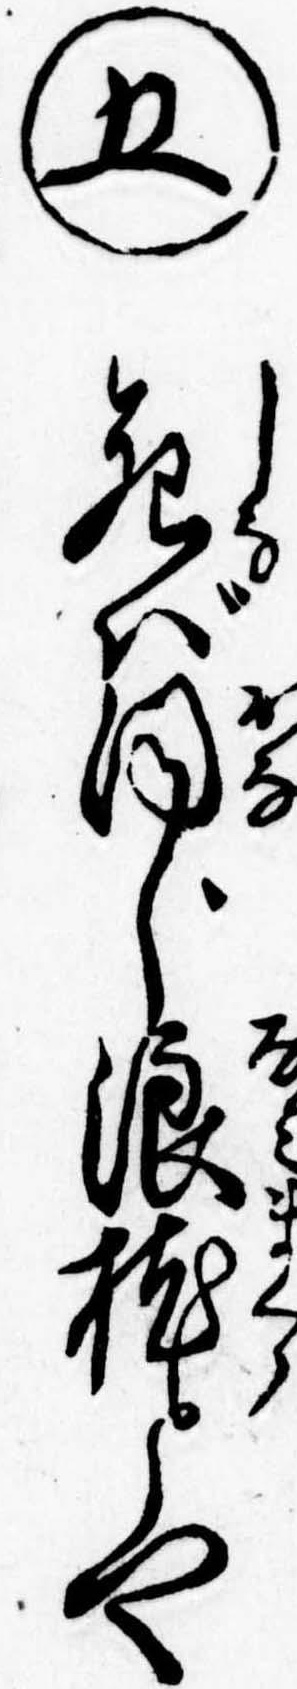
㊄死ば同じ浪枕とや